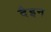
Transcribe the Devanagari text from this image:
दैइन